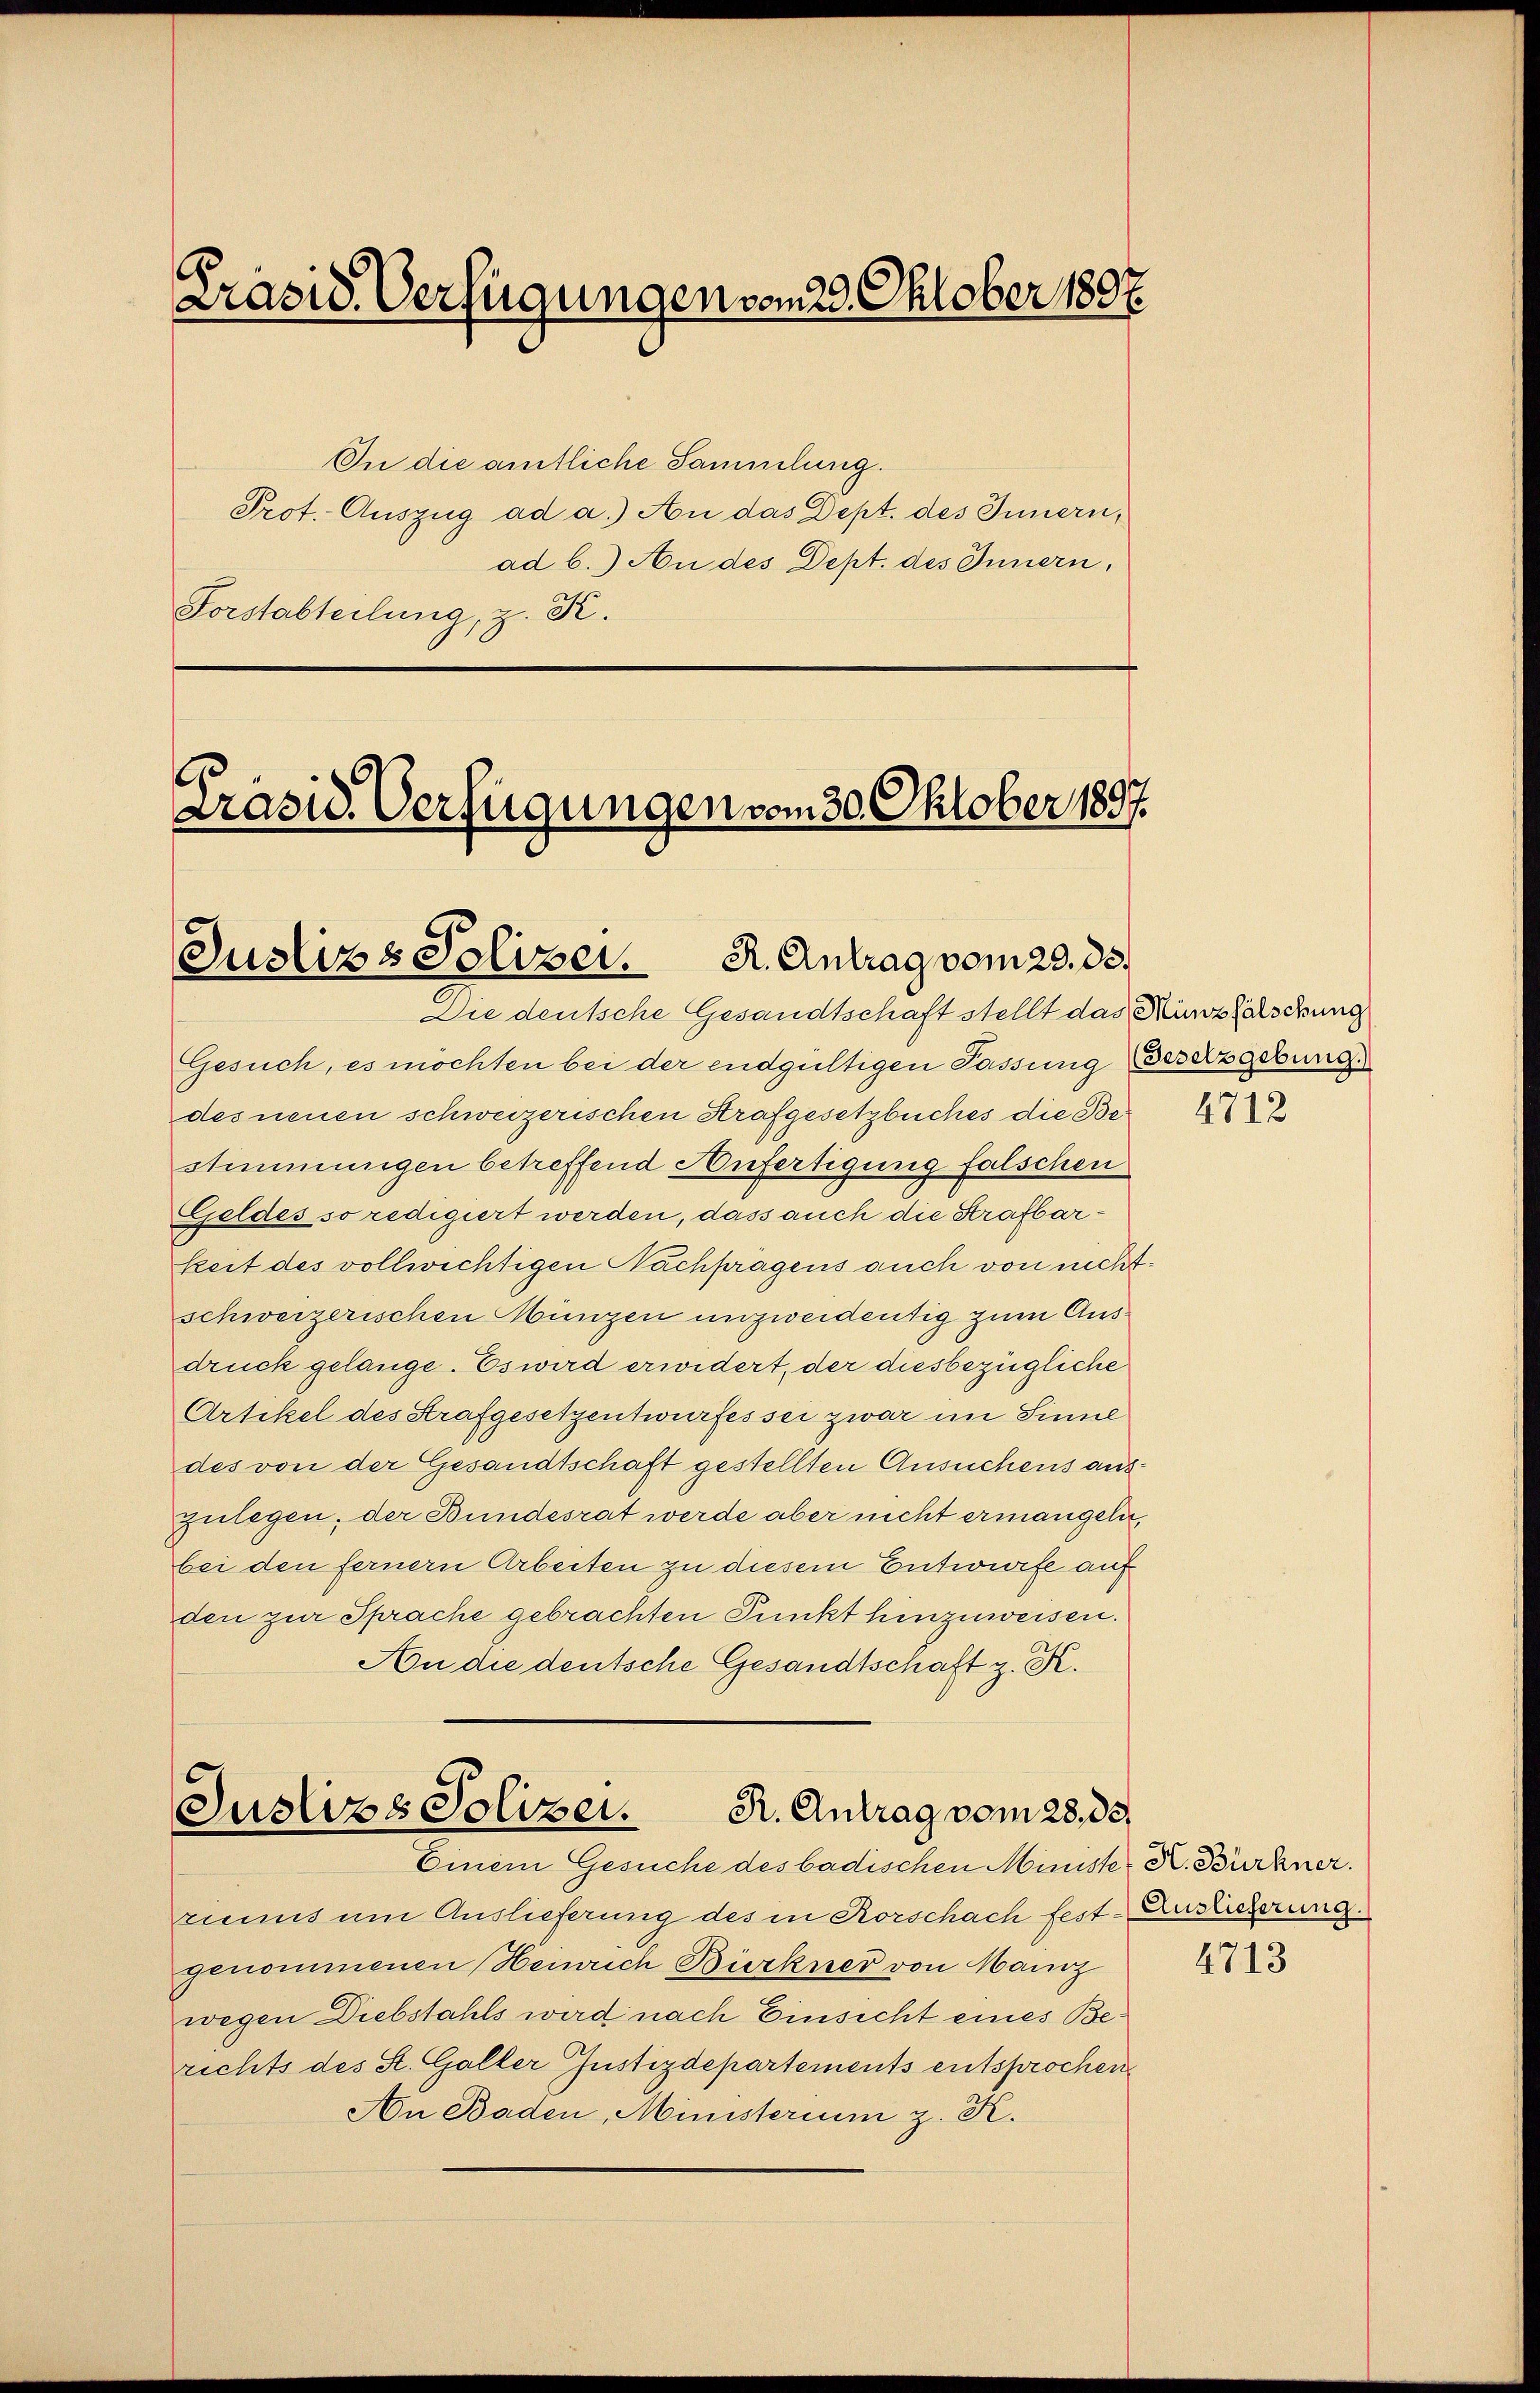
Präsid. Verfügungen vom 23. Oktober 1897.

In die amtliche Sammlung.
Prot. Auszug ad a.) An das Dept. des Innern,
ad b.) An des Dept. des Innern,
Forstabteilung, z. K.

Präsid. Verfügungen vom 30. Oktober 1897.

Justiz & Polizei. R. Antrag vom 20. ds.

Die deutsche Gesandtschaft stellt das Münzfälschung
Gesuch, es möchten bei der endgültigen Passung Gesetzgebung.
des neuen schweizerischen Strafgesetzbuches die Bestimmungen betreffend Anfertigung falschen
Geldes so redigiert werden, dass auch die Strafbarkeit des vollwichtigen Nachfragens auch von nichtschweizerischen Müngen unzweidentig zum Ausdruck gelange. Es wird erwidert, der diesbezügliche
Artikel des Strafgesetzentwurfes sei zwar im Sinne
des von der Gesandtschaft gestellten Ansuchens auszulegen, der Bundesrat werde aber nicht ermangeln,
bei den fernern Arbeiten zu diesem Entwurfe auf
den zur Sprache gebrachten Punkt hinzuweisen.
An die deutsche Gesandtschaft z. K.

R. Antrag vom 28. 89.
Justizs Solizei.
Einem Gesuche des badischen Minister K. Burkner.

riens um Auslieferung des in Rorschach fest-Auslicherung.
genommenen Heinrich Bürkner von Mainz
wegen Diebstahls wird nach Einsicht eines Berichts des St. Galler Justizdepartements entsprochen
An Baden, Ministerium z. K.

4712

4713